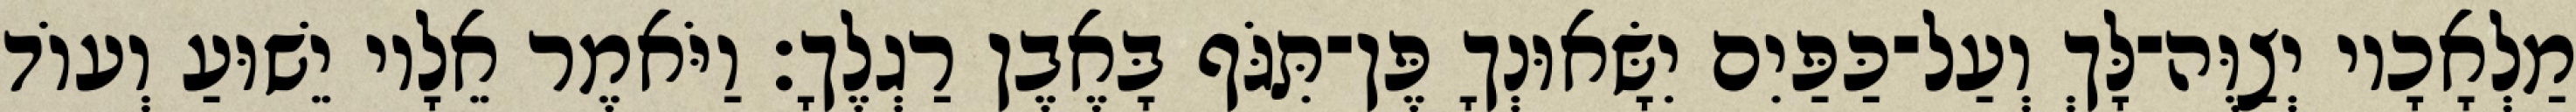
מַלְאָכָיו יְצַוֶּה־לָּךְ וְעַל־כַּפַּיִם יִשָּׂאוּנְךָ פֶּן־תִּגֹּף בָּאֶבֶן רַגְלֶךָ׃ וַיֹּאמֶר אֵלָיו יֵשׁוּעַ וְעוֹד